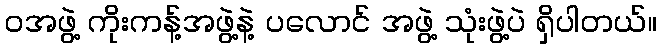
ဝအဖွဲ့ ကိုးကန့်အဖွဲ့နဲ့ ပလောင် အဖွဲ့ သုံးဖွဲ့ပဲ ရှိပါတယ်။